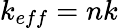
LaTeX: k_{eff}=nk